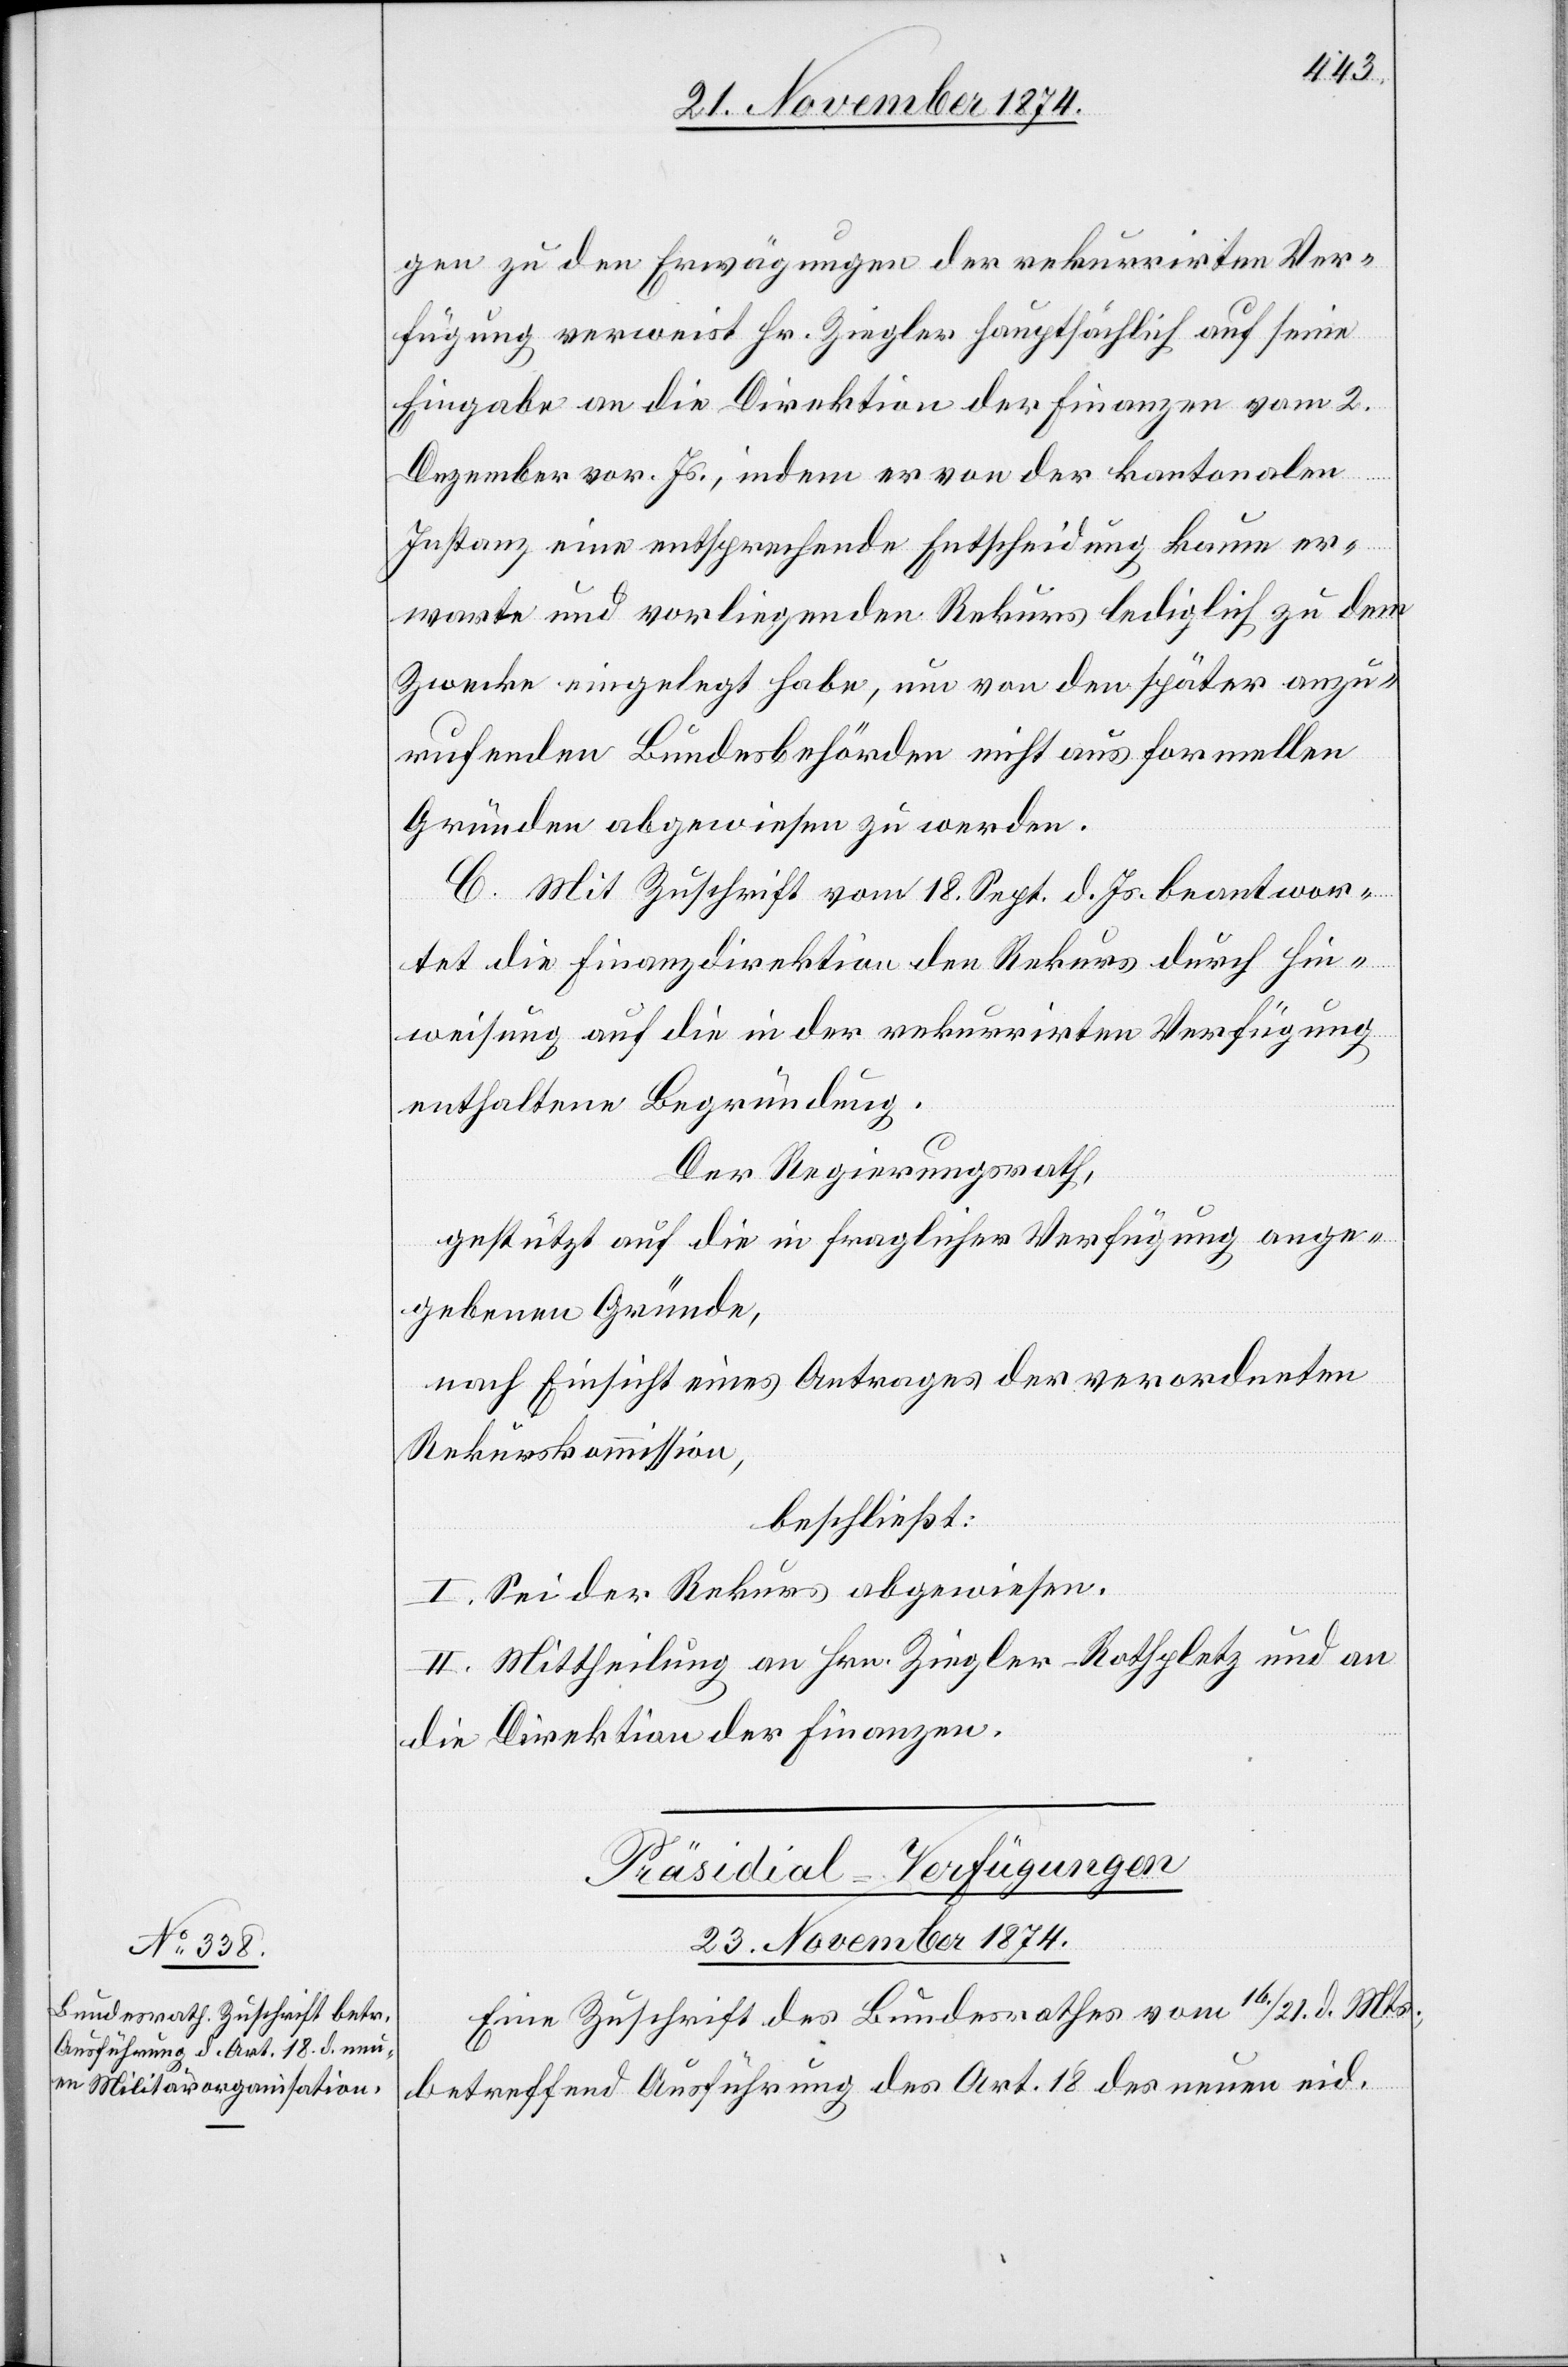
gen zu den Erwägungen der rekurrirten Ver¬
fügung verweist Hr. Ziegler hauptsächlich auf seine
Eingabe an die Direktion der Finanzen vom 2.
Dezember vor. Js., indem er von der kantonalen
Instanz eine entsprechende Entscheidung kaum er¬
warte und vorliegenden Rekurs lediglich zu dem
Zwecke eingelegt habe, um von den später anzu¬
rufenden Bundesbehörden nicht aus formellen
Gründen abgewiesen zu werden.
C. Mit Zuschrift vom 18. Sept. d. Js. beantwor¬
tet die Finanzdirektion den Rekurs durch Hin¬
weisung auf die in der rekurrirten Verfügung
enthaltene Begründung.
Der Regierungsrath,
gestützt auf die in fragliche Verfügung ange¬
gebenen Gründe,
nach Einsicht eines Antrages der verordneten
Rekurskommission,
beschließt:
I. Sei der Rekurs abgewiesen.
II. Mittheilung an Hrn. Ziegler-Rothpletz und an
die Direktion der Finanzen.
Präsidial-Verfügungen
23. November 1874.
Eine Zuschrift des Bundesrathes vom 16./21. d. Mts.,
betreffend Ausführung des Art. 18 der neuen eid.